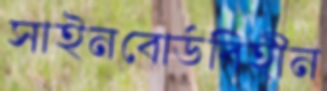
সাইনবোর্ডবিহীন